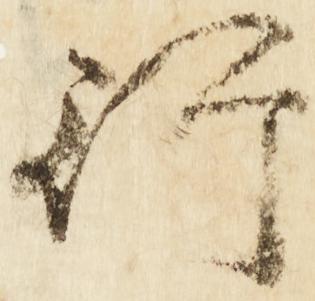
行